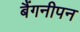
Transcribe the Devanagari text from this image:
बैंगनीपन